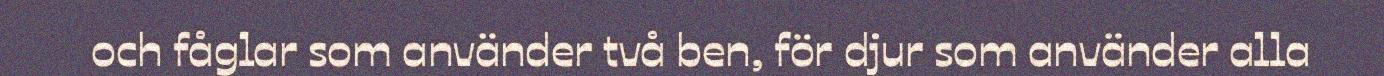
och fåglar som använder två ben, för djur som använder alla